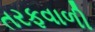
તરફવાળી